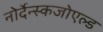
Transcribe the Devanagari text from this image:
नोर्देन्स्कजोएल्ड